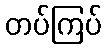
တပ်ကြပ်